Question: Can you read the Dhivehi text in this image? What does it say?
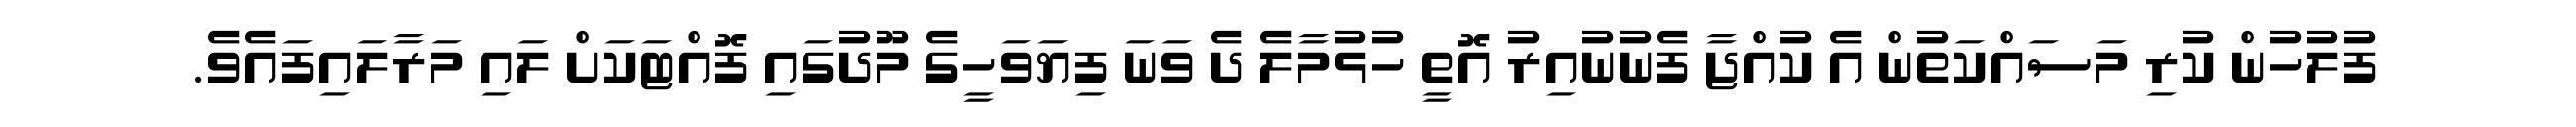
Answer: ފުލުހުން ކުރި މަސައްކަތުން އެ ކުއްޖާ ފެނުނުއިރު އޮތީ ހުޅުމާލެ ދެ ވަނަ ފިޔަވަހީގެ މޫދުގައި ފޮއްޓަކަށް ލައި މަރާލައިފައެވެ.